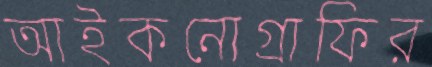
আইকনোগ্রাফির